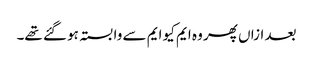
بعد ازاں پھر وہ ایم کیو ایم سے وابستہ ہو گئے تھے۔